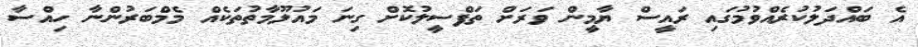
އެ ބައްދަލުކުރެއްވުމުގައި ރައީސް ޔާމީން ވަރަށް ތަފްސީލުކޮށް ގިނަ މައުލޫމާތުތަކެއް މެމްބަރުންނާ ހިއްސާ